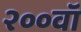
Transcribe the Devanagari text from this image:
२००वॉ